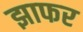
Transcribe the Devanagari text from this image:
झाफर